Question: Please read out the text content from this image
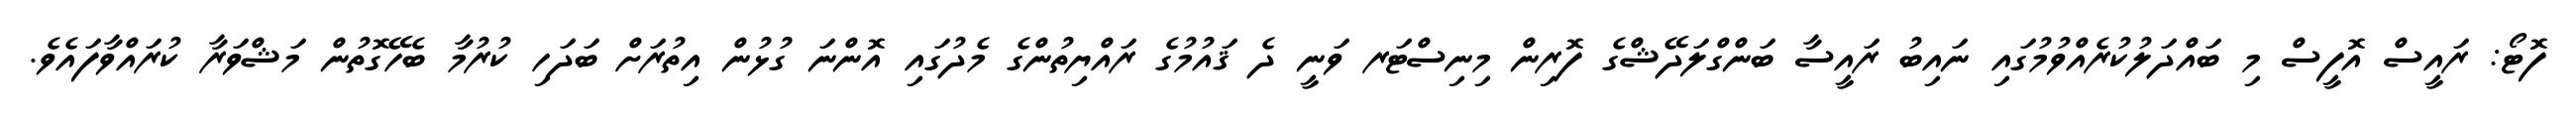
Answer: ފޮޓޯ: ރައީސް އޮފީސް މި ބައްދަލުކުރެއްވުމުގައި ނައިބު ރައީސާ ބަންގްލަދޭޝްގެ ފޮރިން މިނިސްޓަރ ވަނީ ދެ ޤައުމުގެ ރައްޔިތުންގެ މެދުގައި އޮންނަ ގުޅުން އިތުރަށް ބަދަހި ކުރުމާ ބެހޭގޮތުން މަޝްވަރާ ކުރައްވާފައެވެ.